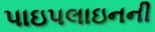
પાઇપલાઇનની